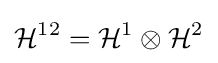
{\mathcal {H}}^{12}={\mathcal {H}}^{1}\otimes {\mathcal {H}}^{2}